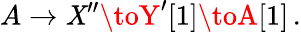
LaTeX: A\to\mathit{X}^{\prime\prime}\toY^{\prime}[1]\toA[1]\, .